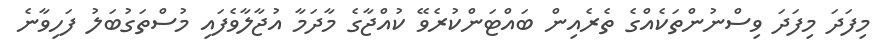
މިފަދަ މިފަދަ ވިސްނުންތަކެއްގެ ތެެެރެއިން ބައްޓަންކުރެވޭ ކުއްޖާގެ މާދަމާ އުޖާލާވެފައި މުސްތަގުބަލު ފަހިވާނެ